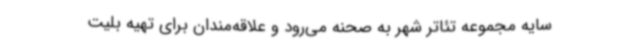
سایه مجموعه تئاتر شهر به صحنه می‌رود و علاقه‌مندان برای تهیه بلیت